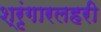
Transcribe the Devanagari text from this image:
श्रृंगारलहरी